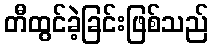
တီထွင်ခဲ့ခြင်းဖြစ်သည်